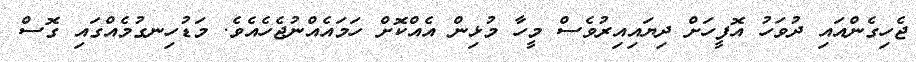
ޖެހިގެންއައި ދުވަހު އޮފީހަށް ދިޔައިއިރުވެސް މީހާ މުޅިން އެއްކޮށް ހަމައެއްނުޖެހެއެވެ. މަޑުހިނގުމެއްގައި ގޮސް